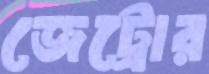
জেট্রোর